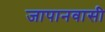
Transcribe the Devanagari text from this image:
जापानवासी